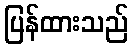
ပြန်ထားသည်